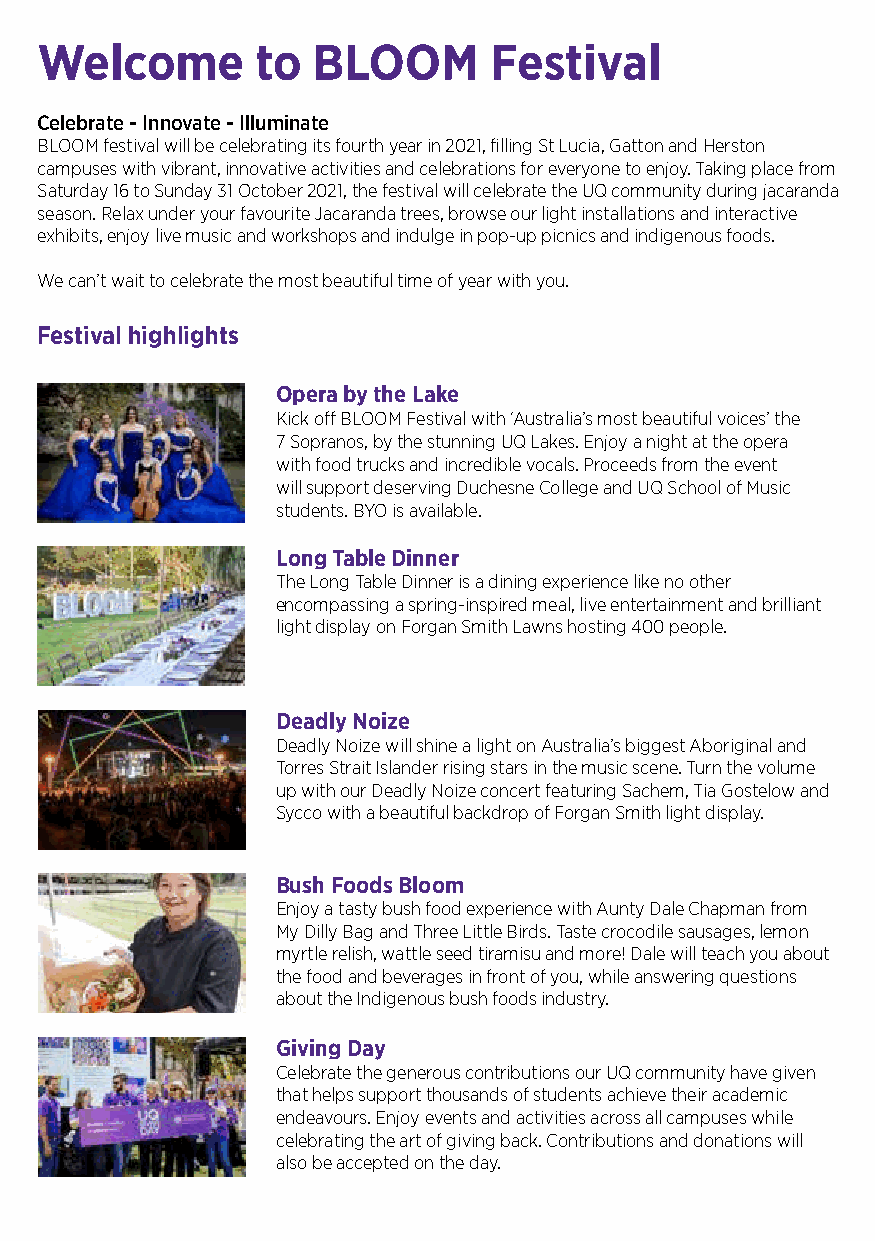
Welcome        to  BLOOM      Festival
 Celebrate - Innovate - Illuminate
 BLOOM festival will be celebrating its fourth year in 2021, filling St Lucia, Gatton and Herston
 campuses with vibrant, innovative activities and celebrations for everyone to enjoy. Taking place from
 Saturday 16 to Sunday 31 October 2021, the festival will celebrate the UQ community during jacaranda
 season. Relax under your favourite Jacaranda trees, browse our light installations and interactive
 exhibits, enjoy live music and workshops and indulge in pop-up picnics and indigenous foods.
 We can’t wait to celebrate the most beautiful time of year with you.
 Festival highlights
 Opera by the Lake
 Kick off BLOOM Festival with ‘Australia’s most beautiful voices’ the
 7 Sopranos, by the stunning UQ Lakes. Enjoy a night at the opera
 with food trucks and incredible vocals. Proceeds from the event
 will support deserving Duchesne College and UQ School of Music
 students. BYO is available.
 Long Table Dinner
 The Long Table Dinner is a dining experience like no other
 encompassing a spring-inspired meal, live entertainment and brilliant
 light display on Forgan Smith Lawns hosting 400 people.
 Deadly Noize
 Deadly Noize will shine a light on Australia’s biggest Aboriginal and
 Torres Strait Islander rising stars in the music scene. Turn the volume
 up with our Deadly Noize concert featuring Sachem, Tia Gostelow and
 Sycco with a beautiful backdrop of Forgan Smith light display.
 Bush Foods Bloom
 Enjoy a tasty bush food experience with Aunty Dale Chapman from
 My Dilly Bag and Three Little Birds. Taste crocodile sausages, lemon
 myrtle relish, wattle seed tiramisu and more! Dale will teach you about
 the food and beverages in front of you, while answering questions
 about the Indigenous bush foods industry.
 Giving Day
 Celebrate the generous contributions our UQ community have given
 that helps support thousands of students achieve their academic
 endeavours. Enjoy events and activities across all campuses while
 celebrating the art of giving back. Contributions and donations will
 also be accepted on the day.